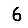
Digit: 6